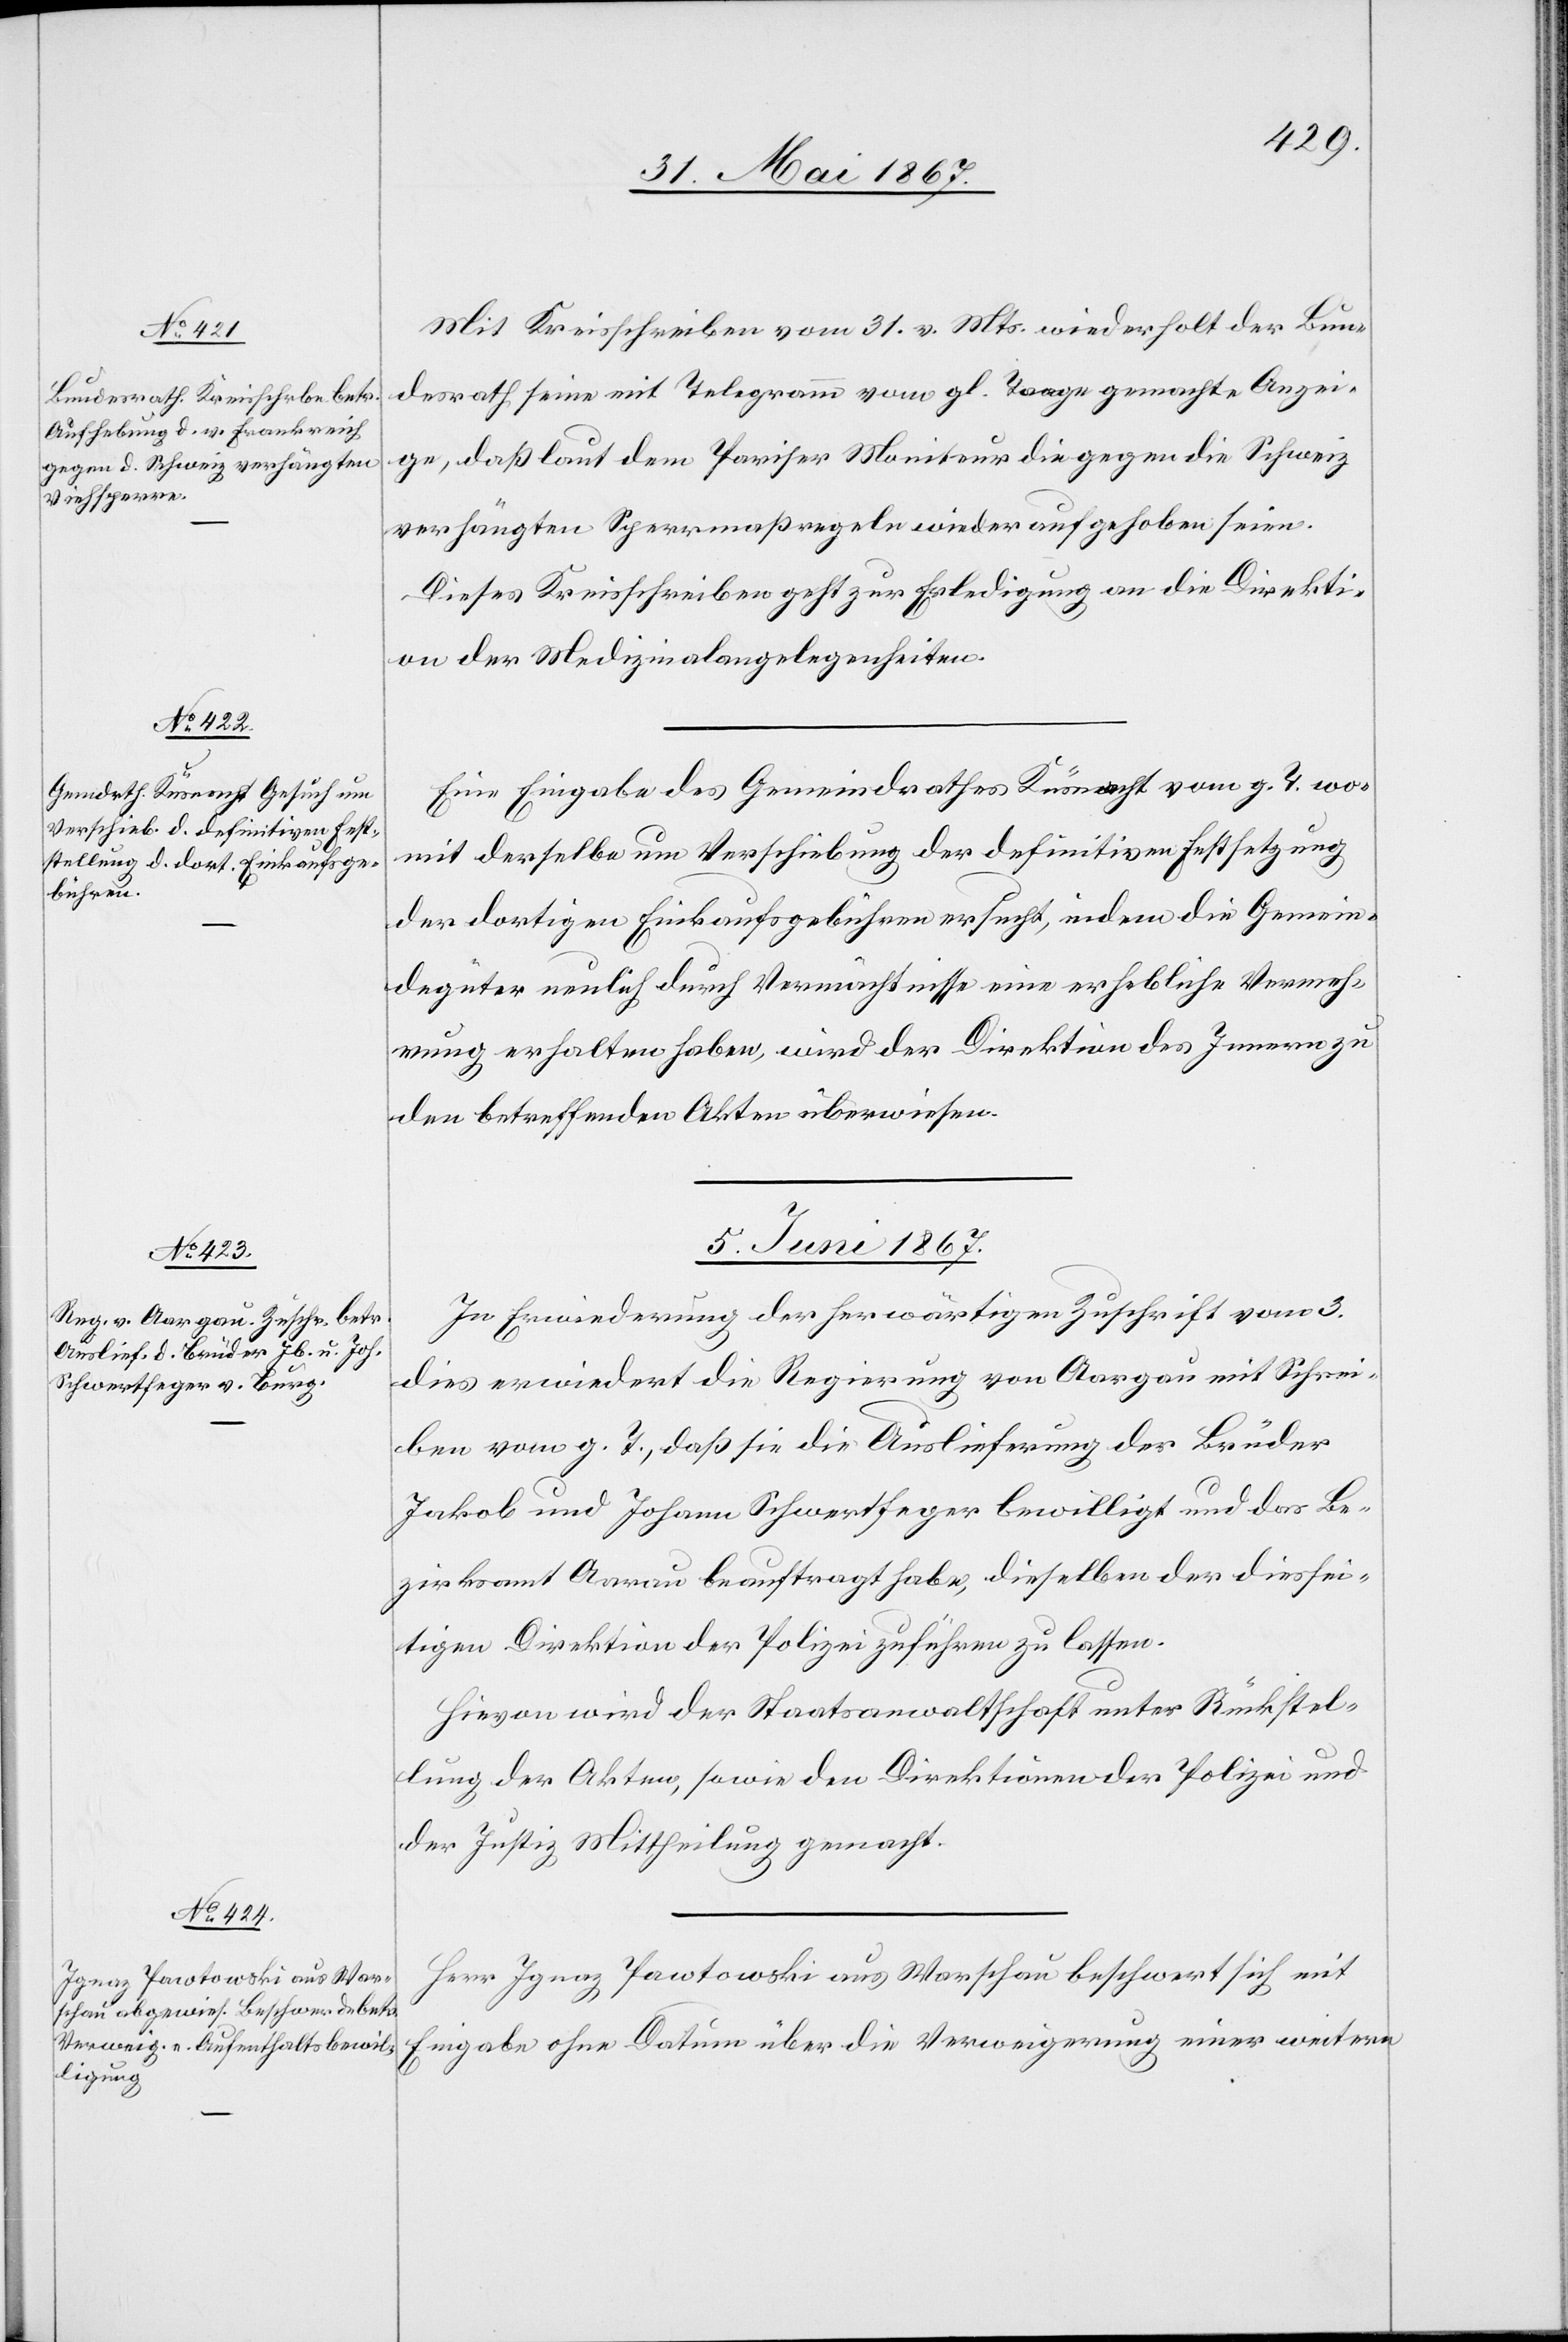
Mit Kreisschreiben vom 31. v. Mts. wiederholt der Bun¬
desrath seine mit Telegramm vom gl. Tage gemachte Anzei¬
ge, daß laut dem Pariser Moniteur die gegen die Schweiz
verhängten Sperrmaßregeln wieder aufgehoben seien.
Dieses Kreisschreiben geht zur Erledigung an die Direkti¬
on der Medizinalangelegenheiten.
Eine Eingabe des Gemeindrathes Küsnacht vom g. T. wo¬
mit derselbe um Verschiebung der definitiven Festsetzung
der dortigen Einkaufsgebühren ersucht, indem die Gemein¬
degüter neulich durch Vermächtnisse eine erhebliche Vermeh¬
rung erhalten haben, wird der Direktion des Innern zu
den betreffenden Akten überwiesen.
5. Juni 1867.]
In Erwiederung der herwärtigen Zuschrift vom 3.
dies erwiedert die Regierung von Aargau mit Schrei¬
ben vom g. T., daß sie die Auslieferung der Brüder
Jakob und Johann Schwertfeger bewilligt und das Be¬
zirksamt Aarau beauftragt habe, dieselben der diessei¬
tigen Direktion der Polizei zuführen zu lassen.
Hievon wird der Staatsanwaltschaft unter Rückstel¬
lung der Akten, sowie der Direktionen der Polizei und
der Justiz, Mittheilung gemacht.
Herr Ignaz Pawtowski aus Warschau beschwert sich mit
Eingabe ohne Datum über die Verweigerung einer weitern